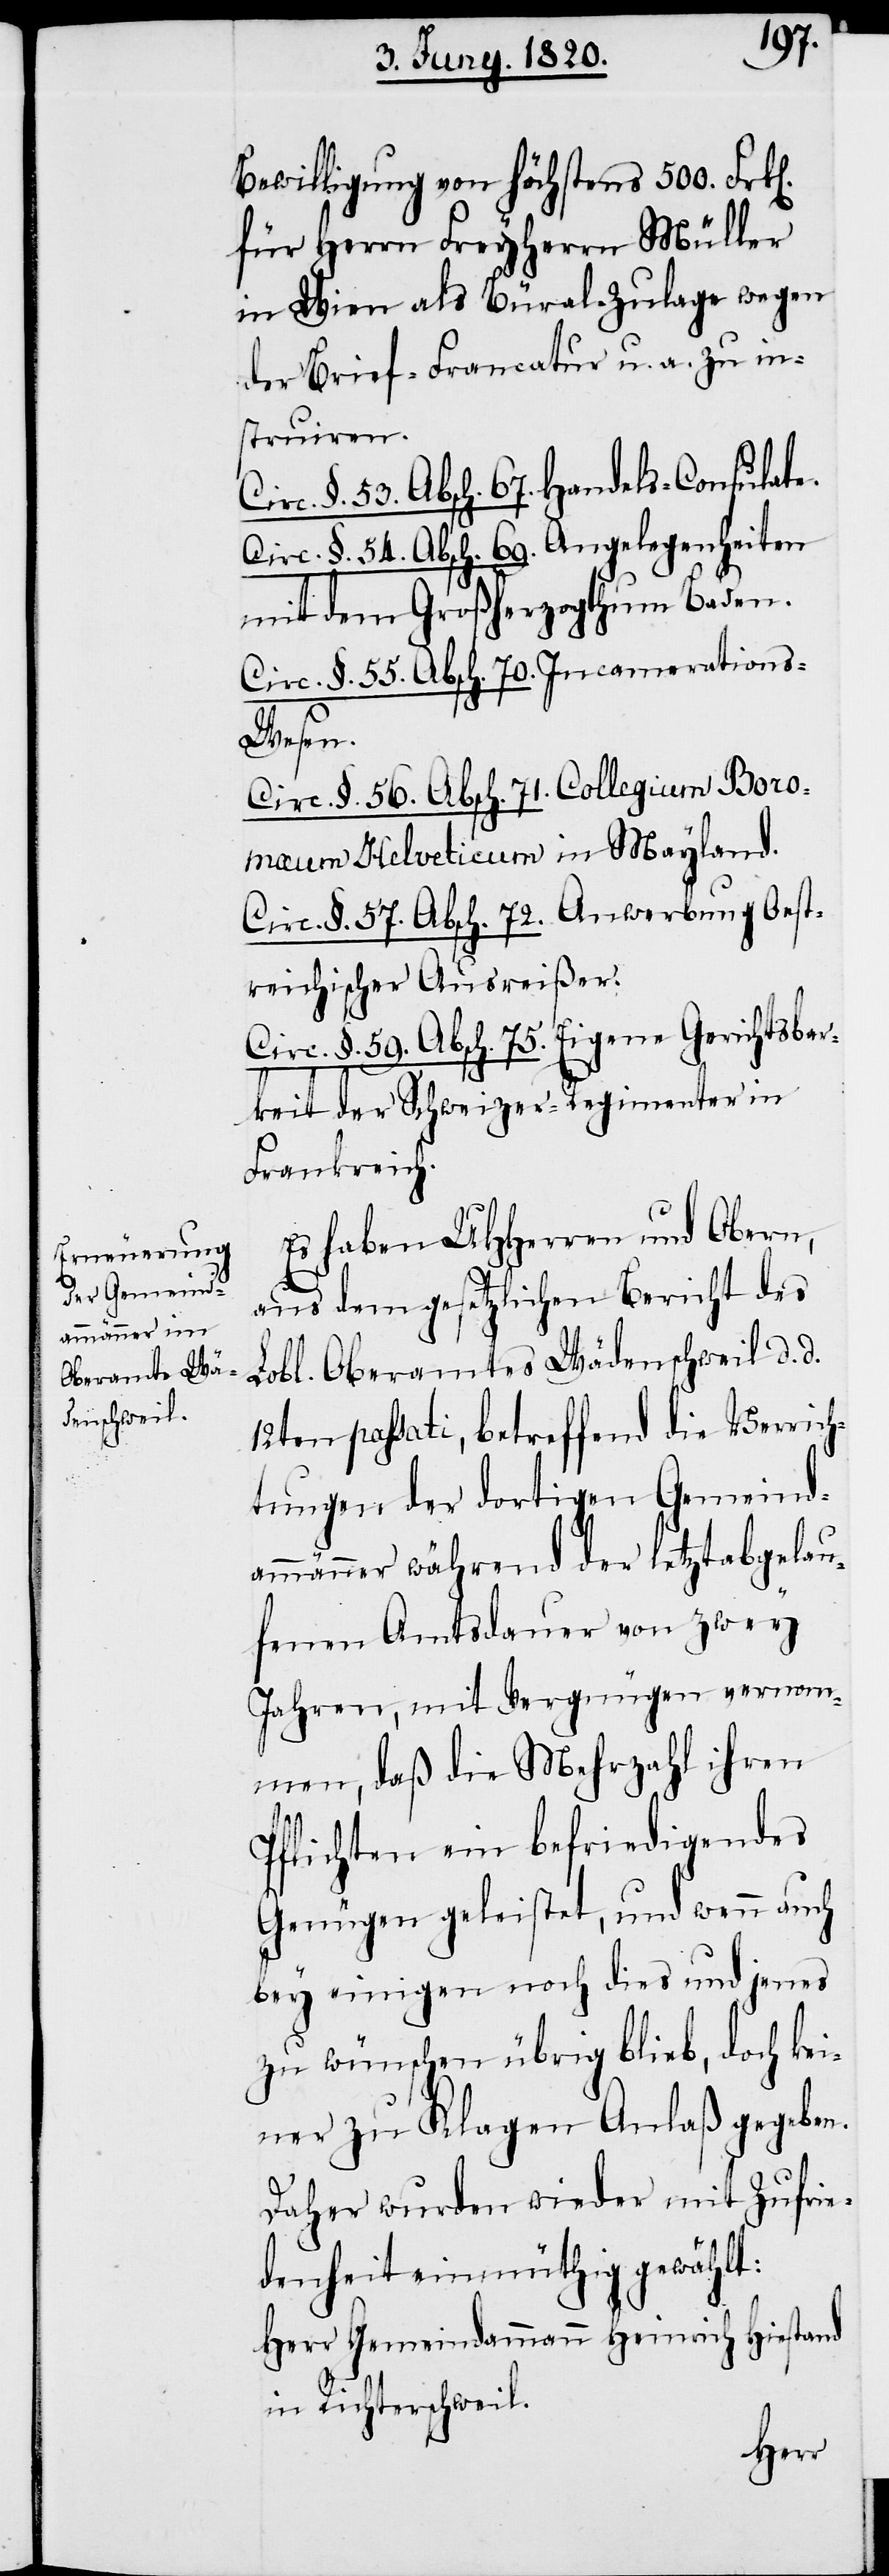
n].
Bewilligung von höchstens 500. Frk[e¬
für Herrn Freyherrn Müller
in Wien als Büral-Zulage wegen
der Brief-Francatur u. a. zu in¬
struiren.
Circ. §. 53. Absch. 67. Handels-Consulate.
Circ. §. 54. Absch. 69. Angelegenheiten
mit dem Großherzogthum Baden.
Circ. §. 55. Absch. 70. Incamerations-W¬
esen.
Circ. §. 56. Absch. 71. Collegium Bor¬
omaum Helveticum in Mayland.
Circ. §. 57. Absch. 72. Anwerbung Oest¬
reichischer Ausreißer.
Circ. §. 59. Absch. 75. Eigene Gerichtsbar¬
keit der Schweizer-Regimenter in
Frankreich.
Es haben UHHerren und Obern,
aus dem gesetzlichen Bericht des
Lobl .Oberamtes Wädenschweil d. d.
12ten passati, betreffend die Verrich¬
tungen der dortigen Gemeind¬
ammänner während der letztabgelau¬
fenen Amtsdauer von zwey
Jahren, mit Vergnügen vernom¬
men, daß die Mehrzahl ihren
Pflichten ein befriedigendes
Genügen geleistet, und wenn auch
bey einigen noch dies und jenes
zu wünschen übrig blieb, doch kei¬
ner zu Klagen Anlaß gegeben.
Daher wurden wieder mit Zufrie¬
denheit einmüthig gewählt:
Herr Gemeindammann	Heinrich Hiestand
in Richterschweil.